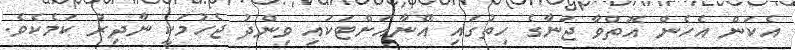
އެކަން އެހެން އޮތްވާ ޖަނާގެ ހިތުގައި އޭނާއަށްޓަކައި ވިންދު ޖެހުމަކީ ނާދިރު ކަމެކެވެ.